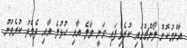
އާންމުކޮށް ލޯންޗްގައި ކުރެވިފައި ވަނީ މާލެ އާއި ހުޅުލެ އާއި ދެމެދު ކުރެވުނު